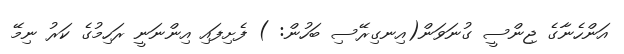
އަންހެނާގެ ޖިންސީ ގުނަވަން(އިނގިރޭސި ބަހުން: ) ފެށިފައި އިންނަނީ ރަހިމުގެ ކަރު ނިމޭ